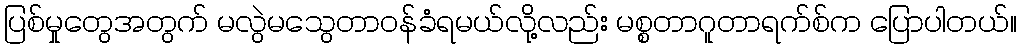
ပြစ်မှုတွေအတွက် မလွဲမသွေတာဝန်ခံရမယ်လို့လည်း မစ္စတာဂူတာရက်စ်က ပြောပါတယ်။